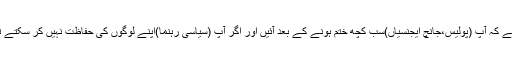
یہ کوئی فلم نہیں ہے کہ آپ (پولیس،جانچ ایجنسیاں)سب کچھ ختم ہونے کے بعد آئیں اور اگر آپ (سیاسی رہنما)اپنے لوگوں کی حفاظت نہیں کر سکتے تو الیکشن نہ لڑیں۔